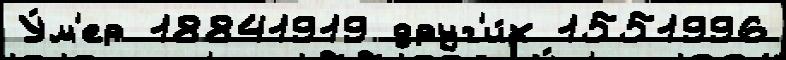
У́м'ер 18841919 друг'и́х 1551996